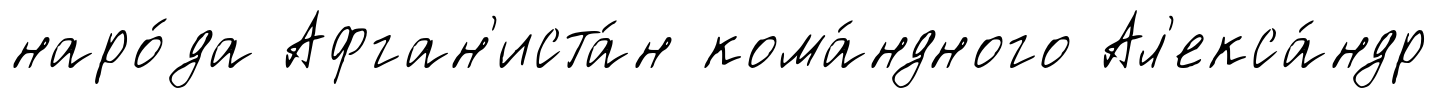
наро́да Афган'иста́н кома́ндного Ал'екса́ндр